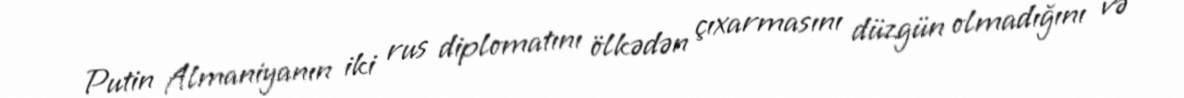
Putin Almaniyanın iki rus diplomatını ölkədən çıxarmasını düzgün olmadığını və